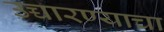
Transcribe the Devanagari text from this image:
उच्चारण्याचा